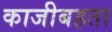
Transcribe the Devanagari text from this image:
काजीबहता